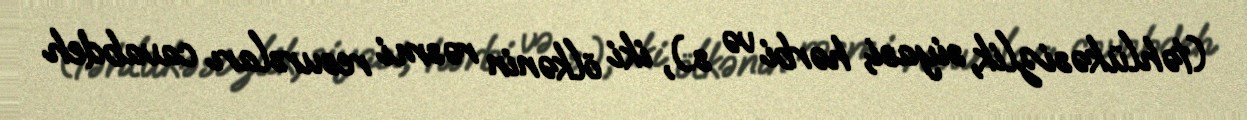
(təhlükəsizlik, siyasi, hərbi və s.), iki ölkənin rəsmi resursları cavabdeh